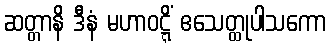
ဆတ္တာနိ ဒီနံ မဟာဝဋ္ဋိံ ဧသေတ္ထုပါသကော